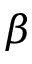
\beta